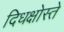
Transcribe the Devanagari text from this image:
दिधक्षोस्ते